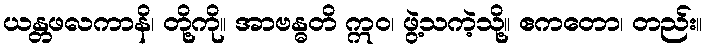
ယန္တဖလကာနိ၊ တို့ကို။ အာဗန္ဓတိ ဣဝ၊ ဖွဲ့သကဲ့သို့။ ဧကတော၊ တည်း။